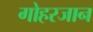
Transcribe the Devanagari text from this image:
गोहरजान